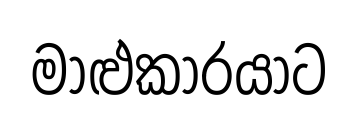
මාළුකාරයාට